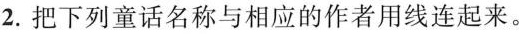
2.把下列童话名称与相应的作者用线连起来。